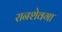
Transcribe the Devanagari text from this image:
रानशेवगा